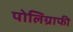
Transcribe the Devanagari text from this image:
पोलिग्राफी